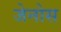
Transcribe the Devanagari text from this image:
जेनोस